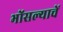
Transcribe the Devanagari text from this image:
भोंसल्याचें